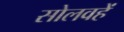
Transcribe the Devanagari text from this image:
सोलवहें